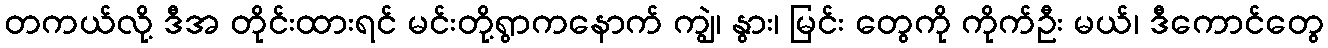
တကယ်လို့ ဒီအ တိုင်းထားရင် မင်းတို့ရွာကနောက် ကျွဲ၊ နွား၊ မြင်း တွေကို ကိုက်ဦး မယ်၊ ဒီကောင်တွေ